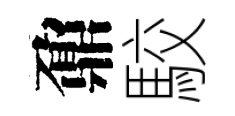
鼐駮